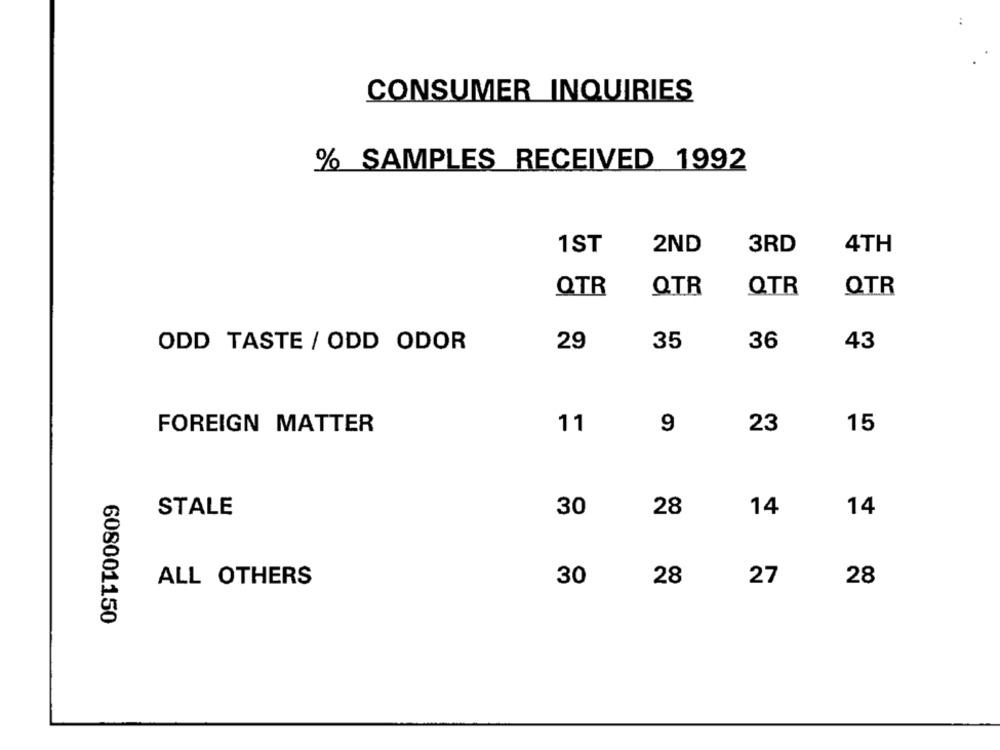
CONSUMER INQUIRIES
% SAMPLES RECEIVED 1992
2ND
3RD
1ST
4TH
QTR
QTR
QTR
QTR
29
35
36
43
ODD TASTE / ODD ODOR
11
9
23
15
FOREIGN MATTER
STALE
30
28
14
14
ALL OTHERS
30
28
27
28
608001150